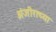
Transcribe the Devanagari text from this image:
अंजीराच्या